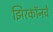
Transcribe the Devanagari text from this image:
झिरकॉनचे